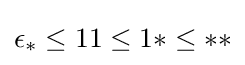
\epsilon _{*}\leq 11\leq 1*\leq **